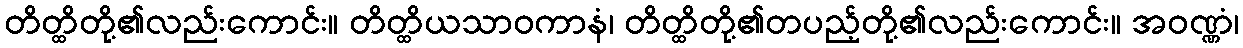
တိတ္ထိတို့၏လည်းကောင်း။ တိတ္ထိယသာဝကာနံ၊ တိတ္ထိတို့၏တပည့်တို့၏လည်းကောင်း။ အဝဏ္ဏံ၊